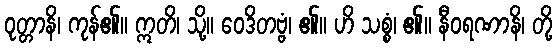
ဝုတ္တာနိ၊ ကုန်၏။ ဣတိ၊ သို့။ ဝေဒိတဗ္ဗံ၊ ၏။ ဟိ သစ္စံ၊ ၏။ နီဝရဏာနိ၊ တို့